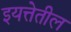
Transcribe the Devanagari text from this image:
इयत्तेतील